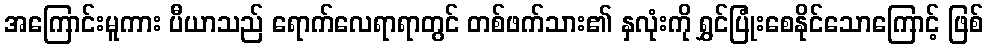
အကြောင်းမူကား ပီယာသည် ရောက်လေရာရာတွင် တစ်ဖက်သား၏ နှလုံးကို ရွှင်ပြုံးစေနိုင်သောကြောင့် ဖြစ်